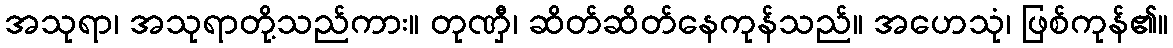
အသုရာ၊ အသုရာတို့သည်ကား။ တုဏှီ၊ ဆိတ်ဆိတ်နေကုန်သည်။ အဟေသုံ၊ ဖြစ်ကုန်၏။